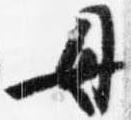
母